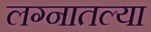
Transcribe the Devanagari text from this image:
लग्नातल्या